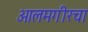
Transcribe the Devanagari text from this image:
आलमगीरचा